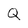
Character: Q